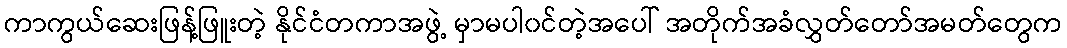
ကာကွယ်ဆေးဖြန့်ဖြူးတဲ့ နိုင်ငံတကာအဖွဲ့ မှာမပါ၀င်တဲ့အပေါ် အတိုက်အခံလွှတ်တော်အမတ်တွေက